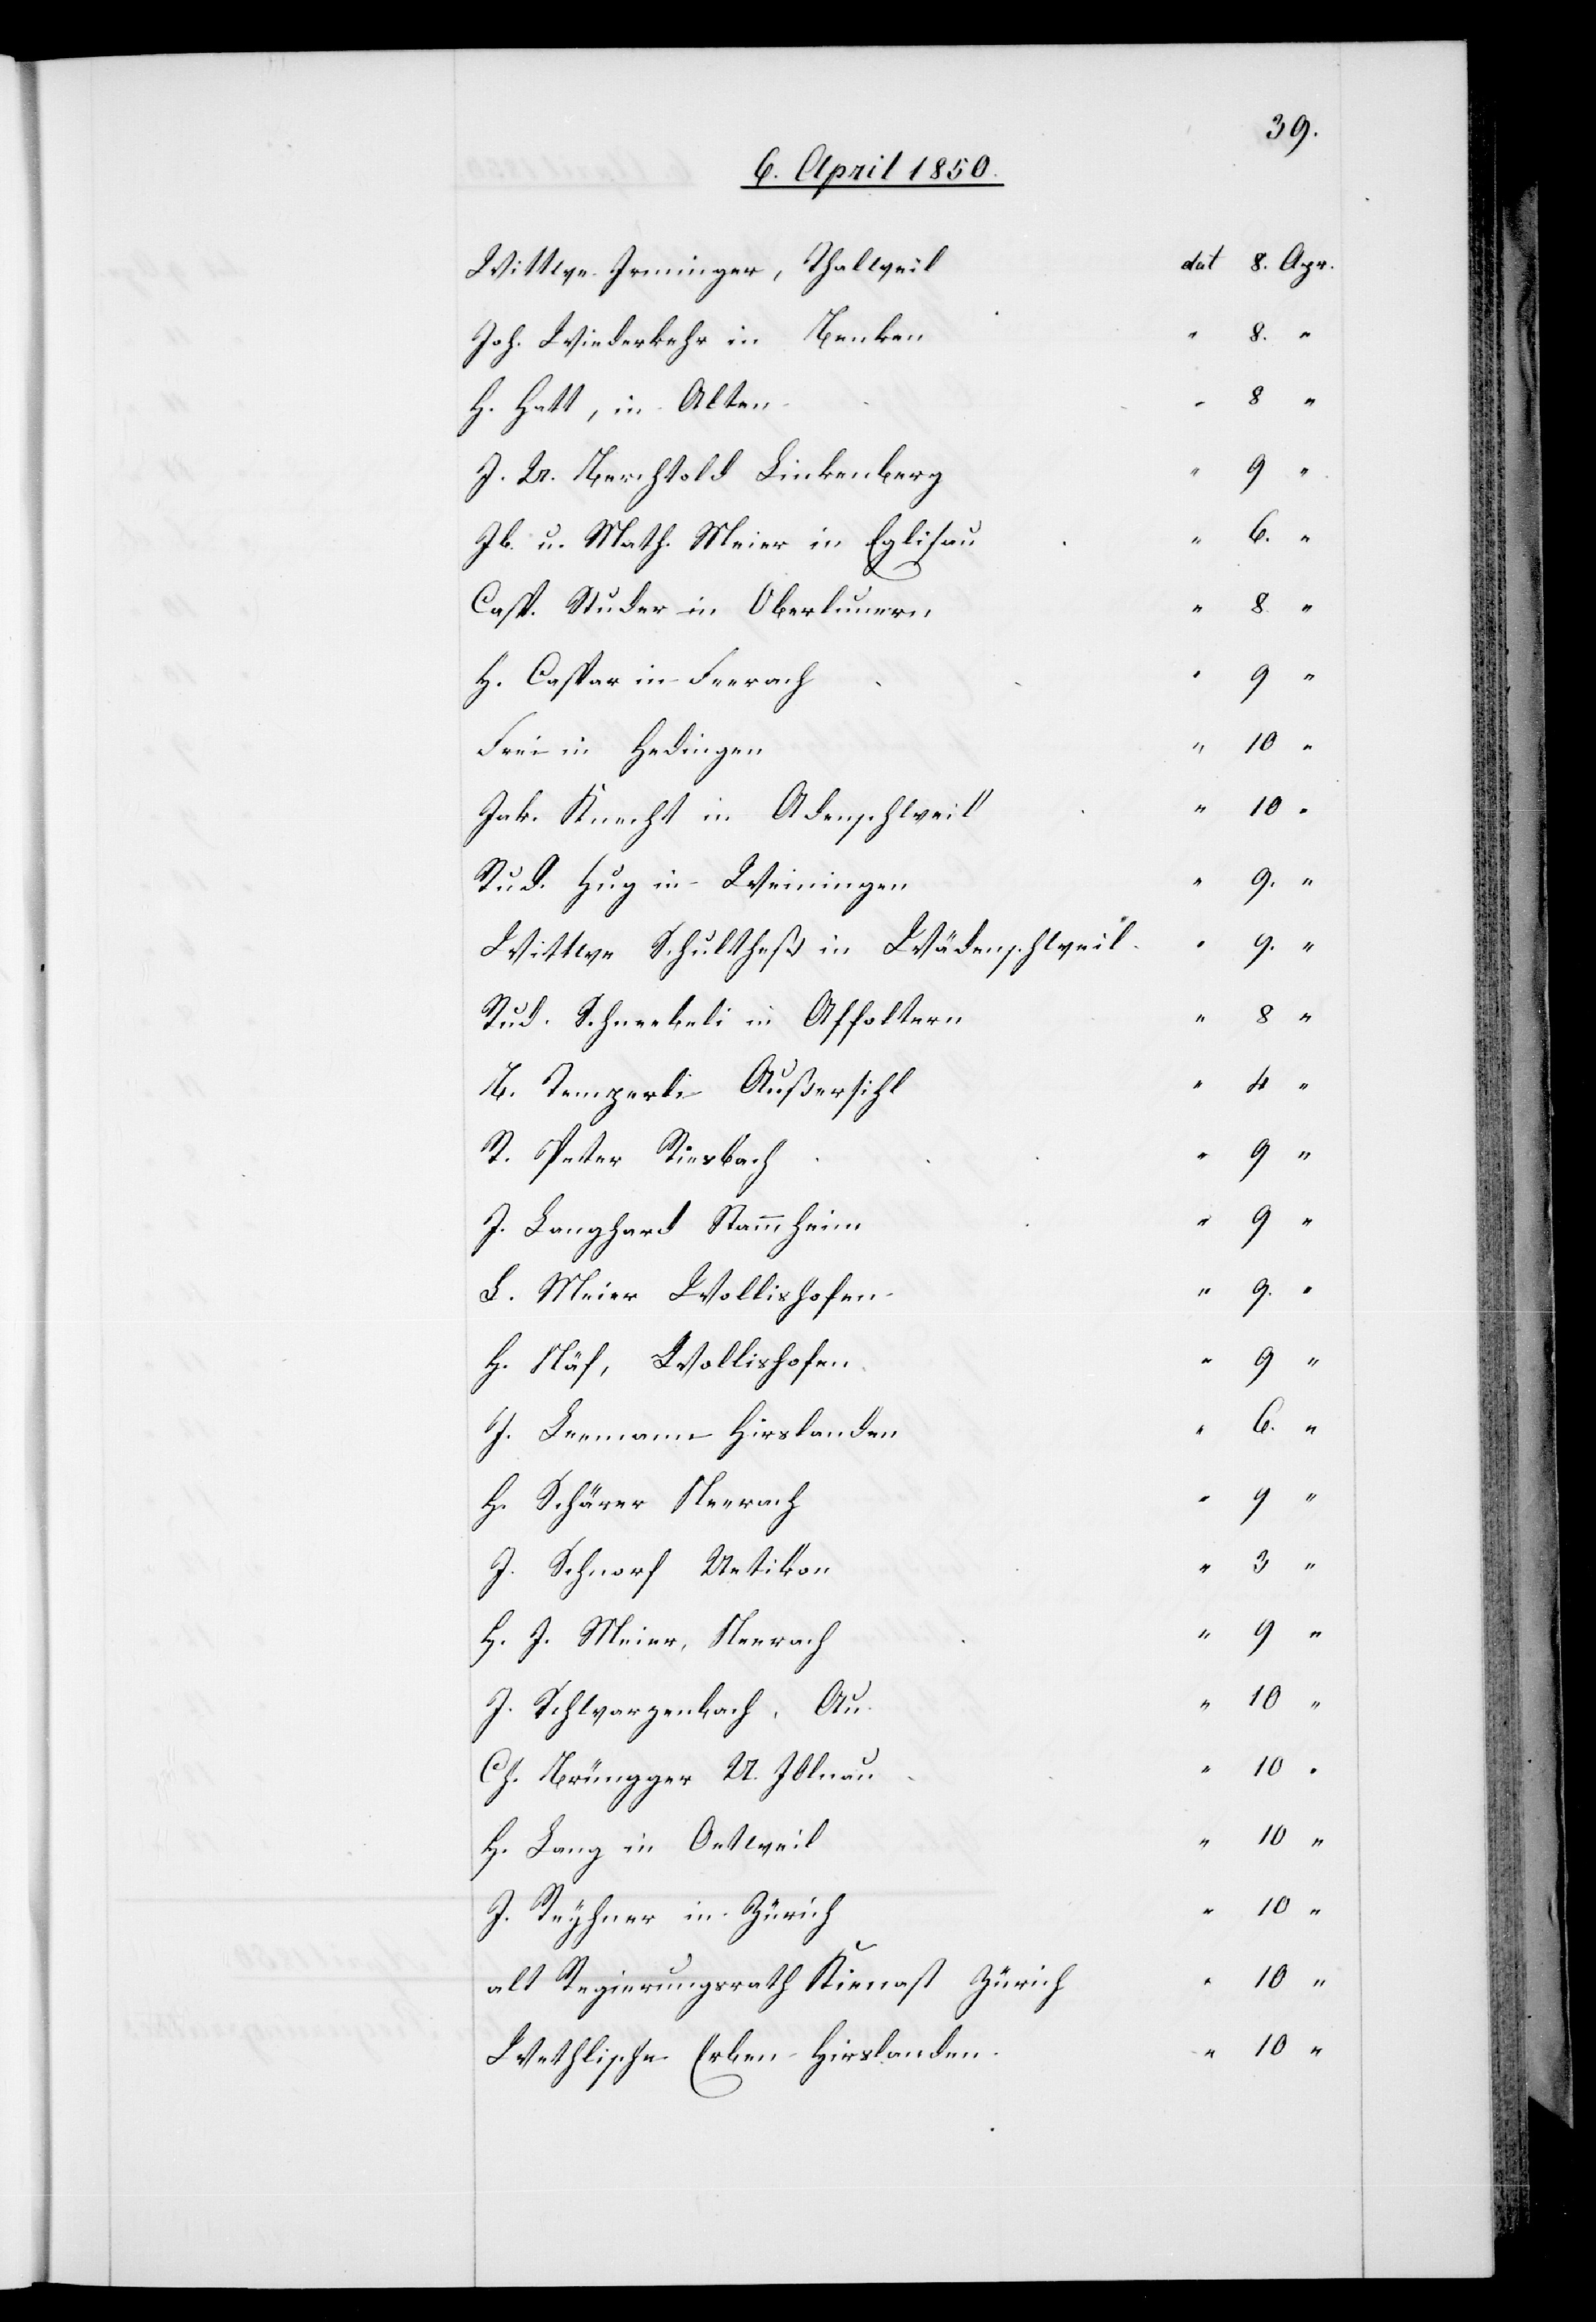
Wittwe Irminger, Thalwei¬
Joh. Wiederkehr in Benken
H. Hatt, in Alten
J. U. Berchtold Linkenberg
Jb. u. Math. Meier in Eglisau
Casp. Studer in Oberlunern
H. Caspar in Feerach
Frei in Hedingen
Jak. Knecht in Adenschweil
Rud. Hug in Weiningen
Wittwe Schultheß in Wädenschweil
Rud. Schneebeli in Affoltern
B. Temperli Außersihl
R. Peter Riesbach
J. Langhard Stammheim
L. Meier Wollishofen
H. Näf, Wollishofen
J. Leemann Hirslanden
H. Schärer Neerach
J. Schnorf Uetikon
H. J. Meier, Neerach
J. Schwarzenbach, Au
Ch. Brüngger U. Illnau
H. Lang in Oetweil
J. Reyhner in Zürich
alt Regierungsrath Kienast Zürich
Wethlische Erben Hirslanden

“

at		8.	Apr.
l		d¬